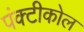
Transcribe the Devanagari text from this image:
पंक्टीकोल